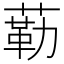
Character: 𱾐